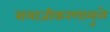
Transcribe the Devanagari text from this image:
समाजीकरणामुळे